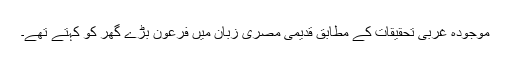
موجودہ غربی تحقیقات کے مطابق قدیمی مصری زبان میں فرعون بڑے گھر کو کہتے تھے۔